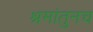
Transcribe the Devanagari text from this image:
श्रमांतुनच